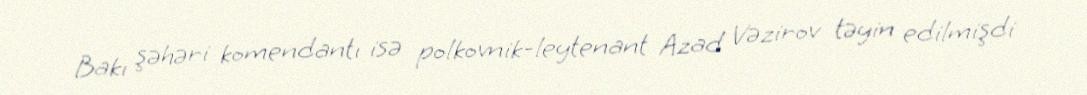
Bakı şəhəri komendantı isə polkovnik-leytenant Azad Vəzirov təyin edilmişdi